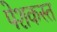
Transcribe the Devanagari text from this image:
पेशकस्त